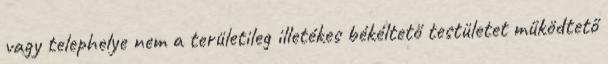
vagy telephelye nem a területileg illetékes békéltető testületet működtető